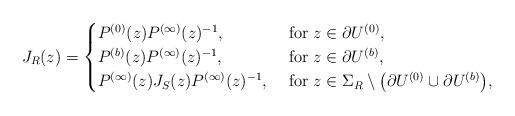
LaTeX: \begin{align*}J_R(z)=\begin{cases}P^{(0)}(z)P^{(\infty)}(z)^{-1},& \mbox{ for $z\in\partial U^{(0)}$},\\P^{(b)}(z)P^{(\infty)}(z)^{-1},& \mbox{ for $z\in\partial U^{(b)}$},\\P^{(\infty)}(z)J_S(z)P^{(\infty)}(z)^{-1},& \mbox{ for $z\in\Sigma_R\setminus\left(\partial U^{(0)}\cup \partial U^{(b)}\right)$,}\end{cases}\end{align*}